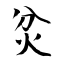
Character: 炃